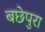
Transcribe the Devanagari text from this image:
बछेपुरा